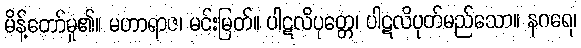
မိန့်တော်မူ၏။ မဟာရာဇ၊ မင်းမြတ်။ ပါဋလိပုတ္တေ၊ ပါဋလိပုတ်မည်သော။ နဂရေ၊